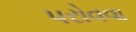
પરોવવા